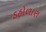
ડહોળાણ